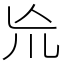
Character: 㠩